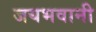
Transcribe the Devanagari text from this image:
जयभवानी